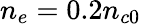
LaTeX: n_{e}=0.2n_{c0}